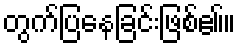
တွက်ပြနေခြင်းဖြစ်ဧ။်။